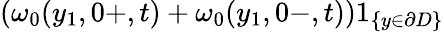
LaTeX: (\omega_{0}(y_{1},0+,t)+\omega_{0}(y_{1},0-,t))1_{\{ y\in\partial D\} }